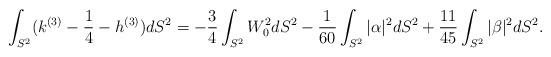
LaTeX: \begin{align*} \int _{S^2} (k^{(3)} - \frac{1}{4}- h^{(3)}) dS^2 =-\frac{3}{4}\int_{S^2} W_0^2 d S^2-\frac{1}{60} \int _{S^2} |\alpha|^2 dS^2 + \frac{11}{45} \int _{S^2} |\beta|^2 dS^2.\end{align*}